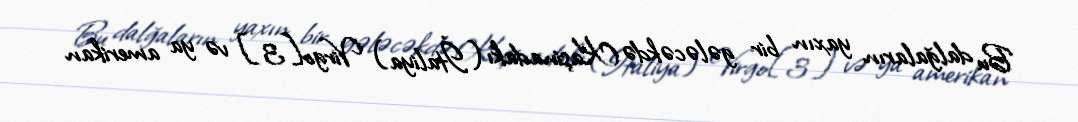
Bu dalğaların yaxın bir gələcəkdə Kaşinadakı (İtaliya) Virgo[3] və ya amerikan